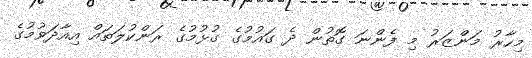
މިހާރު މަންޒަރު މި ފެންނަ ގޮތުން ދެ ގައުމުގެ ގުޅުމުގެ ރަންކުލަަތައް އިއާދަވުމުގެ